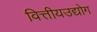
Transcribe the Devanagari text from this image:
वित्तीयउद्योग